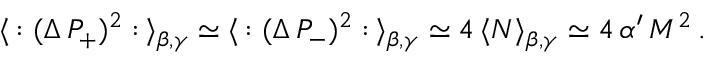
\langle \, : ( \Delta \, P _ { + } ) ^ { 2 } : \, \rangle _ { \beta , \gamma } \simeq \langle \, : ( \Delta \, P _ { - } ) ^ { 2 } : \, \rangle _ { \beta , \gamma } \simeq 4 \, \langle N \rangle _ { \beta , \gamma } \simeq 4 \, \alpha ^ { \prime } \, M ^ { 2 } \, .